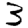
Digit: 3